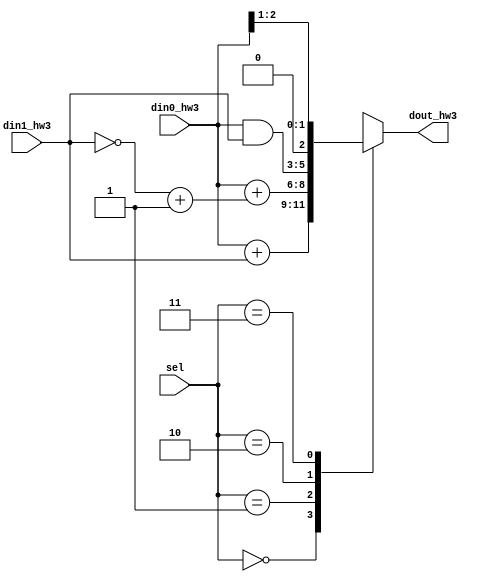
module mux4by1_hw3(din0_hw3, din1_hw3, sel, dout_hw3);
    input [2:0] din0_hw3;
    input [2:0] din1_hw3;
    input [1:0] sel;
    output [2:0] dout_hw3;
    
    reg [2:0] out;

    always@(din0_hw3 or din1_hw3 or sel)begin
        case(sel)
            2'h0 : out = din0_hw3 + din1_hw3 ;
            2'h1 : out = din0_hw3 + (~(din1_hw3)+3'b001);
            2'h2 : out = din0_hw3 & din1_hw3;
            2'h3 : out = {1'b0,din0_hw3[2:1]};
            default : out = 3'b0;
        endcase
    end
    assign dout_hw3 = out;
endmodule